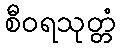
စီဝရသုတ္တံ